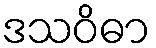
ဒသဝိဓာ